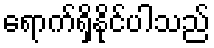
ရောက်ရှိနိုင်ပါသည်